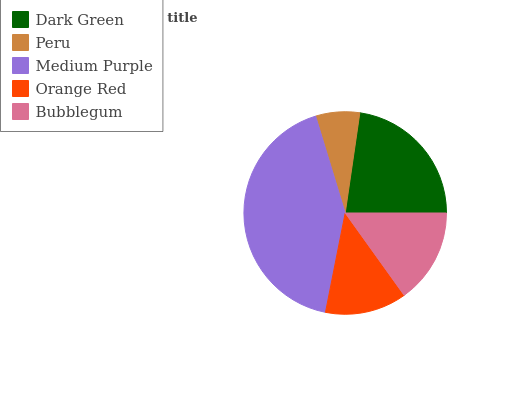
| Dark Green | Peru | Medium Purple | Orange Red | Bubblegum |
 | --- | --- | --- | --- | --- |
 | 22.7% | 7.01% | 42.1% | 13% | 15.1% |